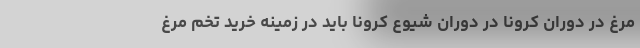
مرغ در دوران کرونا در دوران شیوع کرونا باید در زمینه خرید تخم مرغ